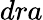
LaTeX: dra